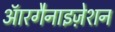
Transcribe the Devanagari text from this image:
ऑरगैनाइज़ेशन